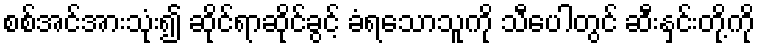
စစ်အင်အားသုံး၍ ဆိုင်ရာဆိုင်ခွင့် ခံရသောသူကို သီပေါတွင် ဆီးနှင်းတို့ကို